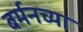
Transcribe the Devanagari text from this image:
बर्मनच्या